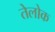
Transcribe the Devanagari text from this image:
तेलोक